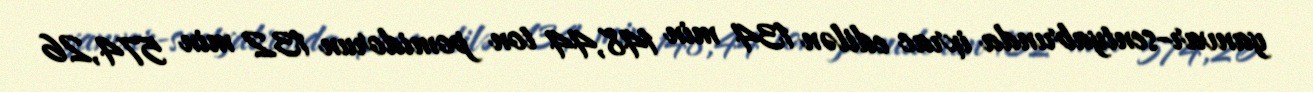
yanvar-sentyabrında ixrac edilən 134 min 148,44 ton pomidorun 132 min 574,26